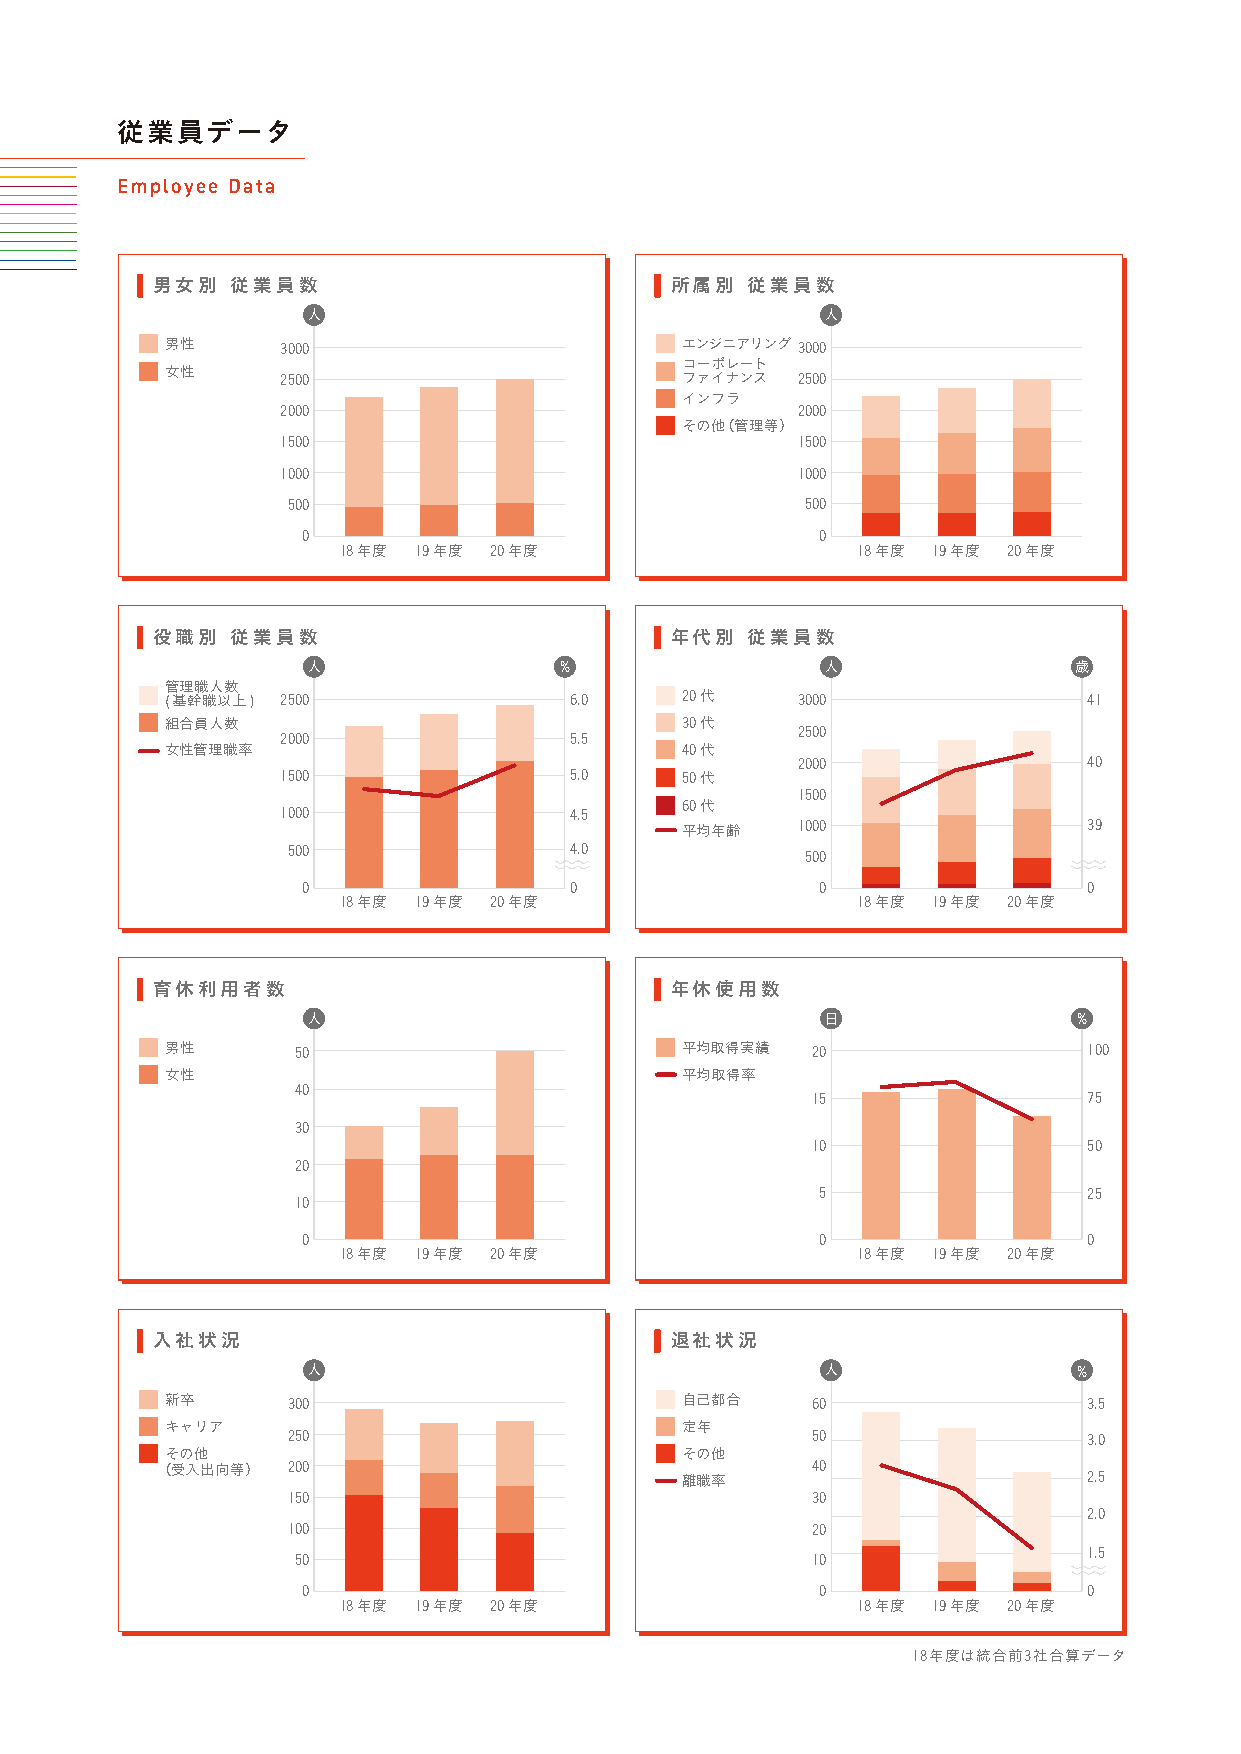
従業員データ
 Employee Data
 男女別  従業員数                         所属別  従業員数
 人                                  人
 男性      3000                      エンジニアリング3000
 コーポレート
 女性
 2500                      ファイナンス  2500
 インフラ
 2000                              2000
 その他（管理等）
 1500                              1500
 1000                              1000
 500                               500
 0                                 0
 18年度 19年度 20年度                     18年度 19年度 20年度
 役職別  従業員数                         年代別  従業員数
 人                %                 人               歳
 管理職人数
 (基幹職以上) 2500               6.0    20代     3000               41
 組合員人数                             30代
 2500
 2000               5.5
 女性管理職率                            40代
 2000               40
 1500               5.0    50代
 1500
 60代
 1000               4.5
 平均年齢    1000               39
 500                4.0            500
 0                 0               0                 0
 18年度 19年度 20年度                     18年度 19年度 20年度
 育休利用者数                            年休使用数
 人                                  日               %
 男性       50                       平均取得実績   20                100
 女性                                平均取得率
 40
 15                75
 30
 10                50
 20
 5                 25
 10
 0                                 0                 0
 18年度 19年度 20年度                     18年度 19年度 20年度
 入社状況                              退社状況
 人                                  人               %
 新卒      300                       自己都合     60                3.5
 キャリア                              定年
 250                                50                3.0
 その他                               その他
 （受入出向等）  200                                40
 離職率                        2.5
 150                                30
 2.0
 100                                20
 1.5
 50                                10
 0                                 0                 0
 18年度 19年度 20年度                     18年度 19年度 20年度
 18年度は統合前3社合算データ
 �